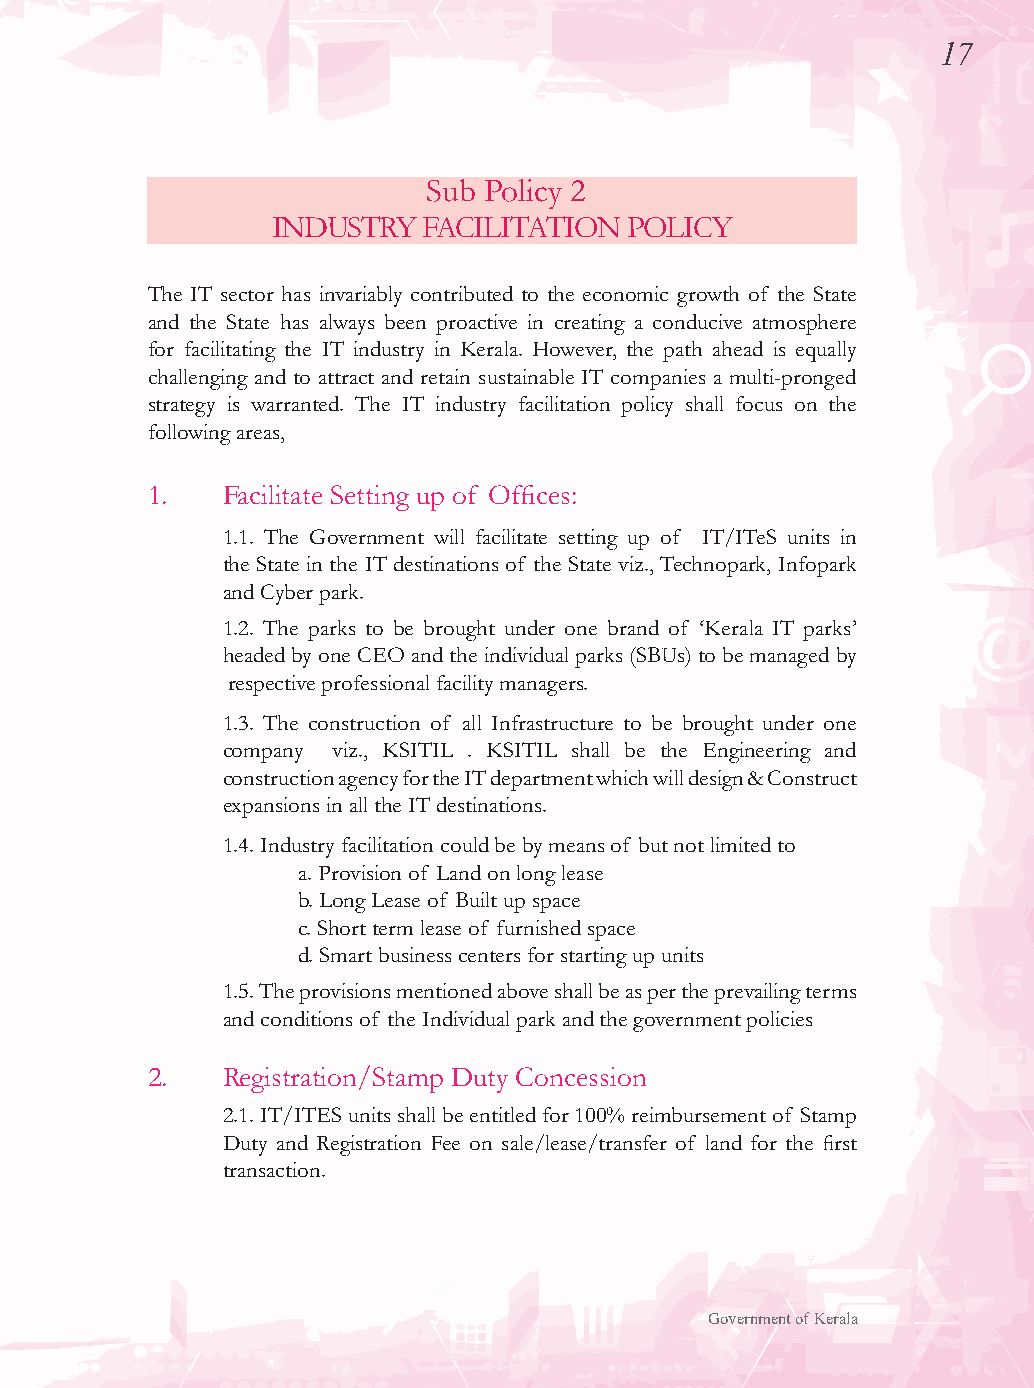
17
 Sub Policy 2
 INDUSTRY  FACILITATION  POLICY
 The IT sector has invariably contributed to the economic growth of the State
 and the State has always been proactive in creating a conducive atmosphere
 for facilitating the IT industry in Kerala. However, the path ahead is equally
 challenging and to attract and retain sustainable IT companies a multi-pronged
 strategy is warranted. The IT industry facilitation policy shall focus on the
 following areas,
 1.   Facilitate Setting up of Offices:
 1.1. The Government will facilitate setting up of IT/ITeS units in
 the State in the IT destinations of the State viz., Technopark, Infopark
 and Cyber park.
 1.2. The parks to be brought under one brand of ‘Kerala IT parks’
 headed by one CEO and the individual parks (SBUs) to be managed by
 respective professional facility managers.
 1.3. The construction of all Infrastructure to be brought under one
 company viz., KSITIL . KSITIL shall be the Engineering and
 construction agency for the IT department which will design & Construct
 expansions in all the IT destinations.
 1.4. Industry facilitation could be by means of but not limited to
 a. Provision of Land on long lease
 b. Long Lease of Built up space
 c. Short term lease of furnished space
 d. Smart business centers for starting up units
 1.5. The provisions mentioned above shall be as per the prevailing terms
 and conditions of the Individual park and the government policies
 2.   Registration/Stamp Duty Concession
 2.1. IT/ITES units shall be entitled for 100% reimbursement of Stamp
 Duty and Registration Fee on sale/lease/transfer of land for the first
 transaction.
 Government of Kerala